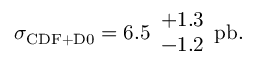
\sigma _ { \mathrm { C D F + D 0 } } = 6 . 5 \begin{array} { c } { { + 1 . 3 } } \\ { { - 1 . 2 } } \end{array} \mathrm { p b } .